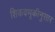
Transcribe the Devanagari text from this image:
शिकवणूकीनुसार